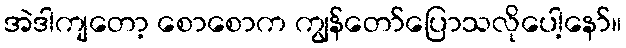
အဲဒါကျတော့ စောစောက ကျွန်တော်ပြောသလိုပေါ့နော်။